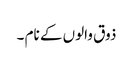
ذوق والوں کے نام ۔